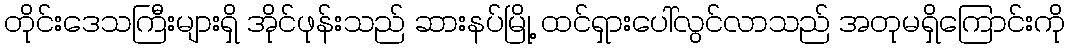
တိုင်းဒေသကြီးများရှိ အိုင်ဖုန်းသည် ဆားနပ်မြို့ ထင်ရှားပေါ်လွင်လာသည် အတုမရှိကြောင်းကို